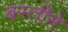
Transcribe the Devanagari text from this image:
बस्तीने